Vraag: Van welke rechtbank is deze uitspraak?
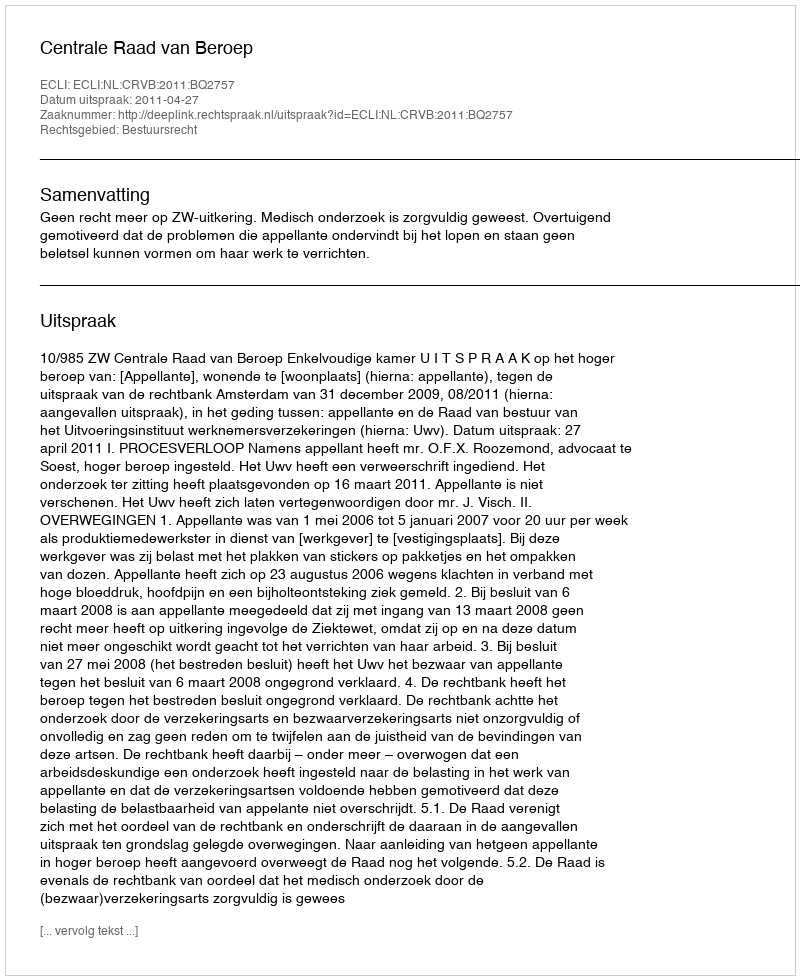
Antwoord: Centrale Raad van Beroep